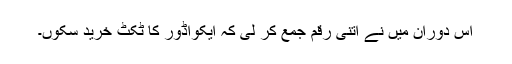
اس دوران میں نے اتنی رقم جمع کر لی کہ ایکواڈور کا ٹکٹ خرید سکوں۔